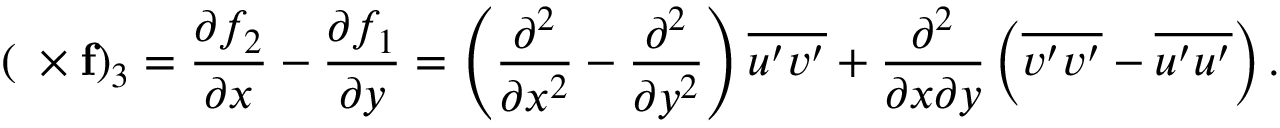
( \mathbf { \nabla \times f } ) _ { 3 } = \frac { \partial f _ { 2 } } { \partial x } - \frac { \partial f _ { 1 } } { \partial y } = \left( \frac { \partial ^ { 2 } } { \partial x ^ { 2 } } - \frac { \partial ^ { 2 } } { \partial y ^ { 2 } } \right) \overline { { { u } ^ { \prime } { v } ^ { \prime } } } + \frac { \partial ^ { 2 } } { \partial x \partial y } \left( \overline { { { v } ^ { \prime } { v } ^ { \prime } } } - \overline { { { u } ^ { \prime } { u } ^ { \prime } } } \right) .